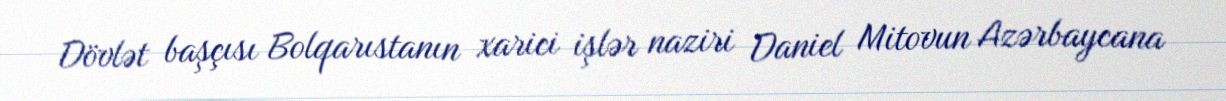
Dövlət başçısı Bolqarıstanın xarici işlər naziri Daniel Mitovun Azərbaycana